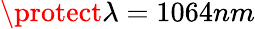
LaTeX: \protect\lambda=1064nm